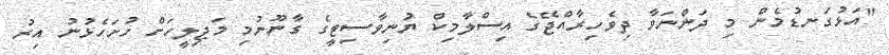
"އަޅުގަނޑުމެން މި ދަންނަވާ ދިވެހިރާއްޖޭގެ އިސްލާމިކް ޔުނިވާސިޓީގެ ގާނޫނުމި މަޖިލީހަށް ހުށަހެޅުނު އިރު